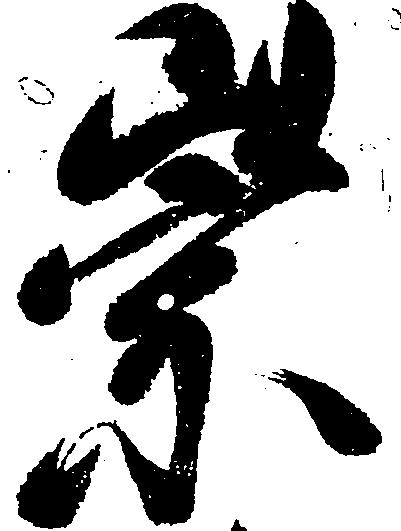
崇